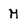
Character: M